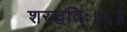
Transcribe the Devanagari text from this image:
शरद्धविः॥६॥